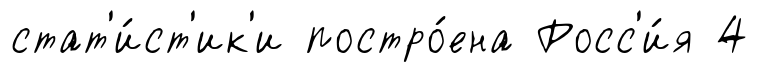
стат'и́ст'ик'и постро́ена Росс'и́я 4